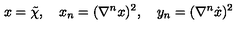
x = \tilde { \chi } , \quad x _ { n } = ( \nabla ^ { n } x ) ^ { 2 } , \quad y _ { n } = ( \nabla ^ { n } \dot { x } ) ^ { 2 }